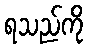
ရသည်ကို